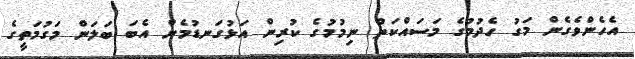
އެހެންވެގެން މަގު ހެދުމުގެ މަސައްކަތް ނިމުމުގެ ކުރިން އަޅުގަނޑުމެން އެބަ ބަލަން މަގުމަތީގެ